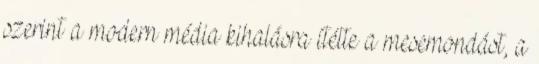
szerint a modern média kihalásra ítélte a mesemondást, a